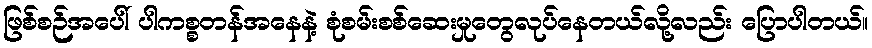
ဖြစ်စဉ်အပေါ် ပါကစ္စတန်အနေနဲ့ စုံစမ်းစစ်ဆေးမှုတွေလုပ်နေတယ်လို့လည်း ပြောပါတယ်။